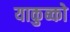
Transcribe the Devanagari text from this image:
याकुब्को